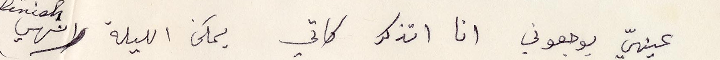
عينيّ يوجعوني انا أتذكر كاتي يمكن الليلة انهي